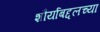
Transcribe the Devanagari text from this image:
शौर्याबद्दलच्या